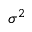
\sigma ^ { 2 }